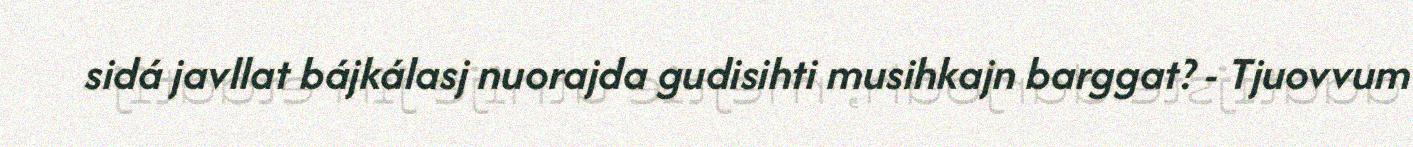
sidá javllat bájkálasj nuorajda gudisihti musihkajn barggat? - Tjuovvum